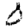
Digit: 0